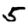
Digit: 5